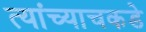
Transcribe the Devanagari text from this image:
त्यांच्याचकडे